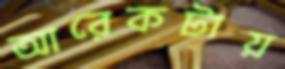
আরেকটায়